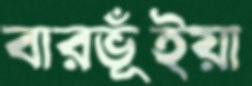
বারভূঁইয়া